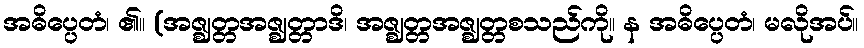
အဓိပ္ပေတံ၊ ၏။ (အဇ္ဈတ္တအဇ္ဈတ္တာဒိ၊ အဇ္ဈတ္တအဇ္ဈတ္တစသည်ကို။ န အဓိပ္ပေတံ၊ မလိုအပ်။